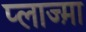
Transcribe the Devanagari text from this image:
प्लाज्म़ा